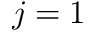
j = 1